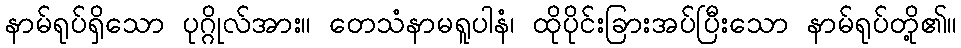
နာမ်ရုပ်ရှိသော ပုဂ္ဂိုလ်အား။ တေသံနာမရူပါနံ၊ ထိုပိုင်းခြားအပ်ပြီးသော နာမ်ရုပ်တို့၏။